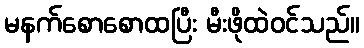
မနက်စောစောထပြီး မီးဖိုထဲဝင်သည်။